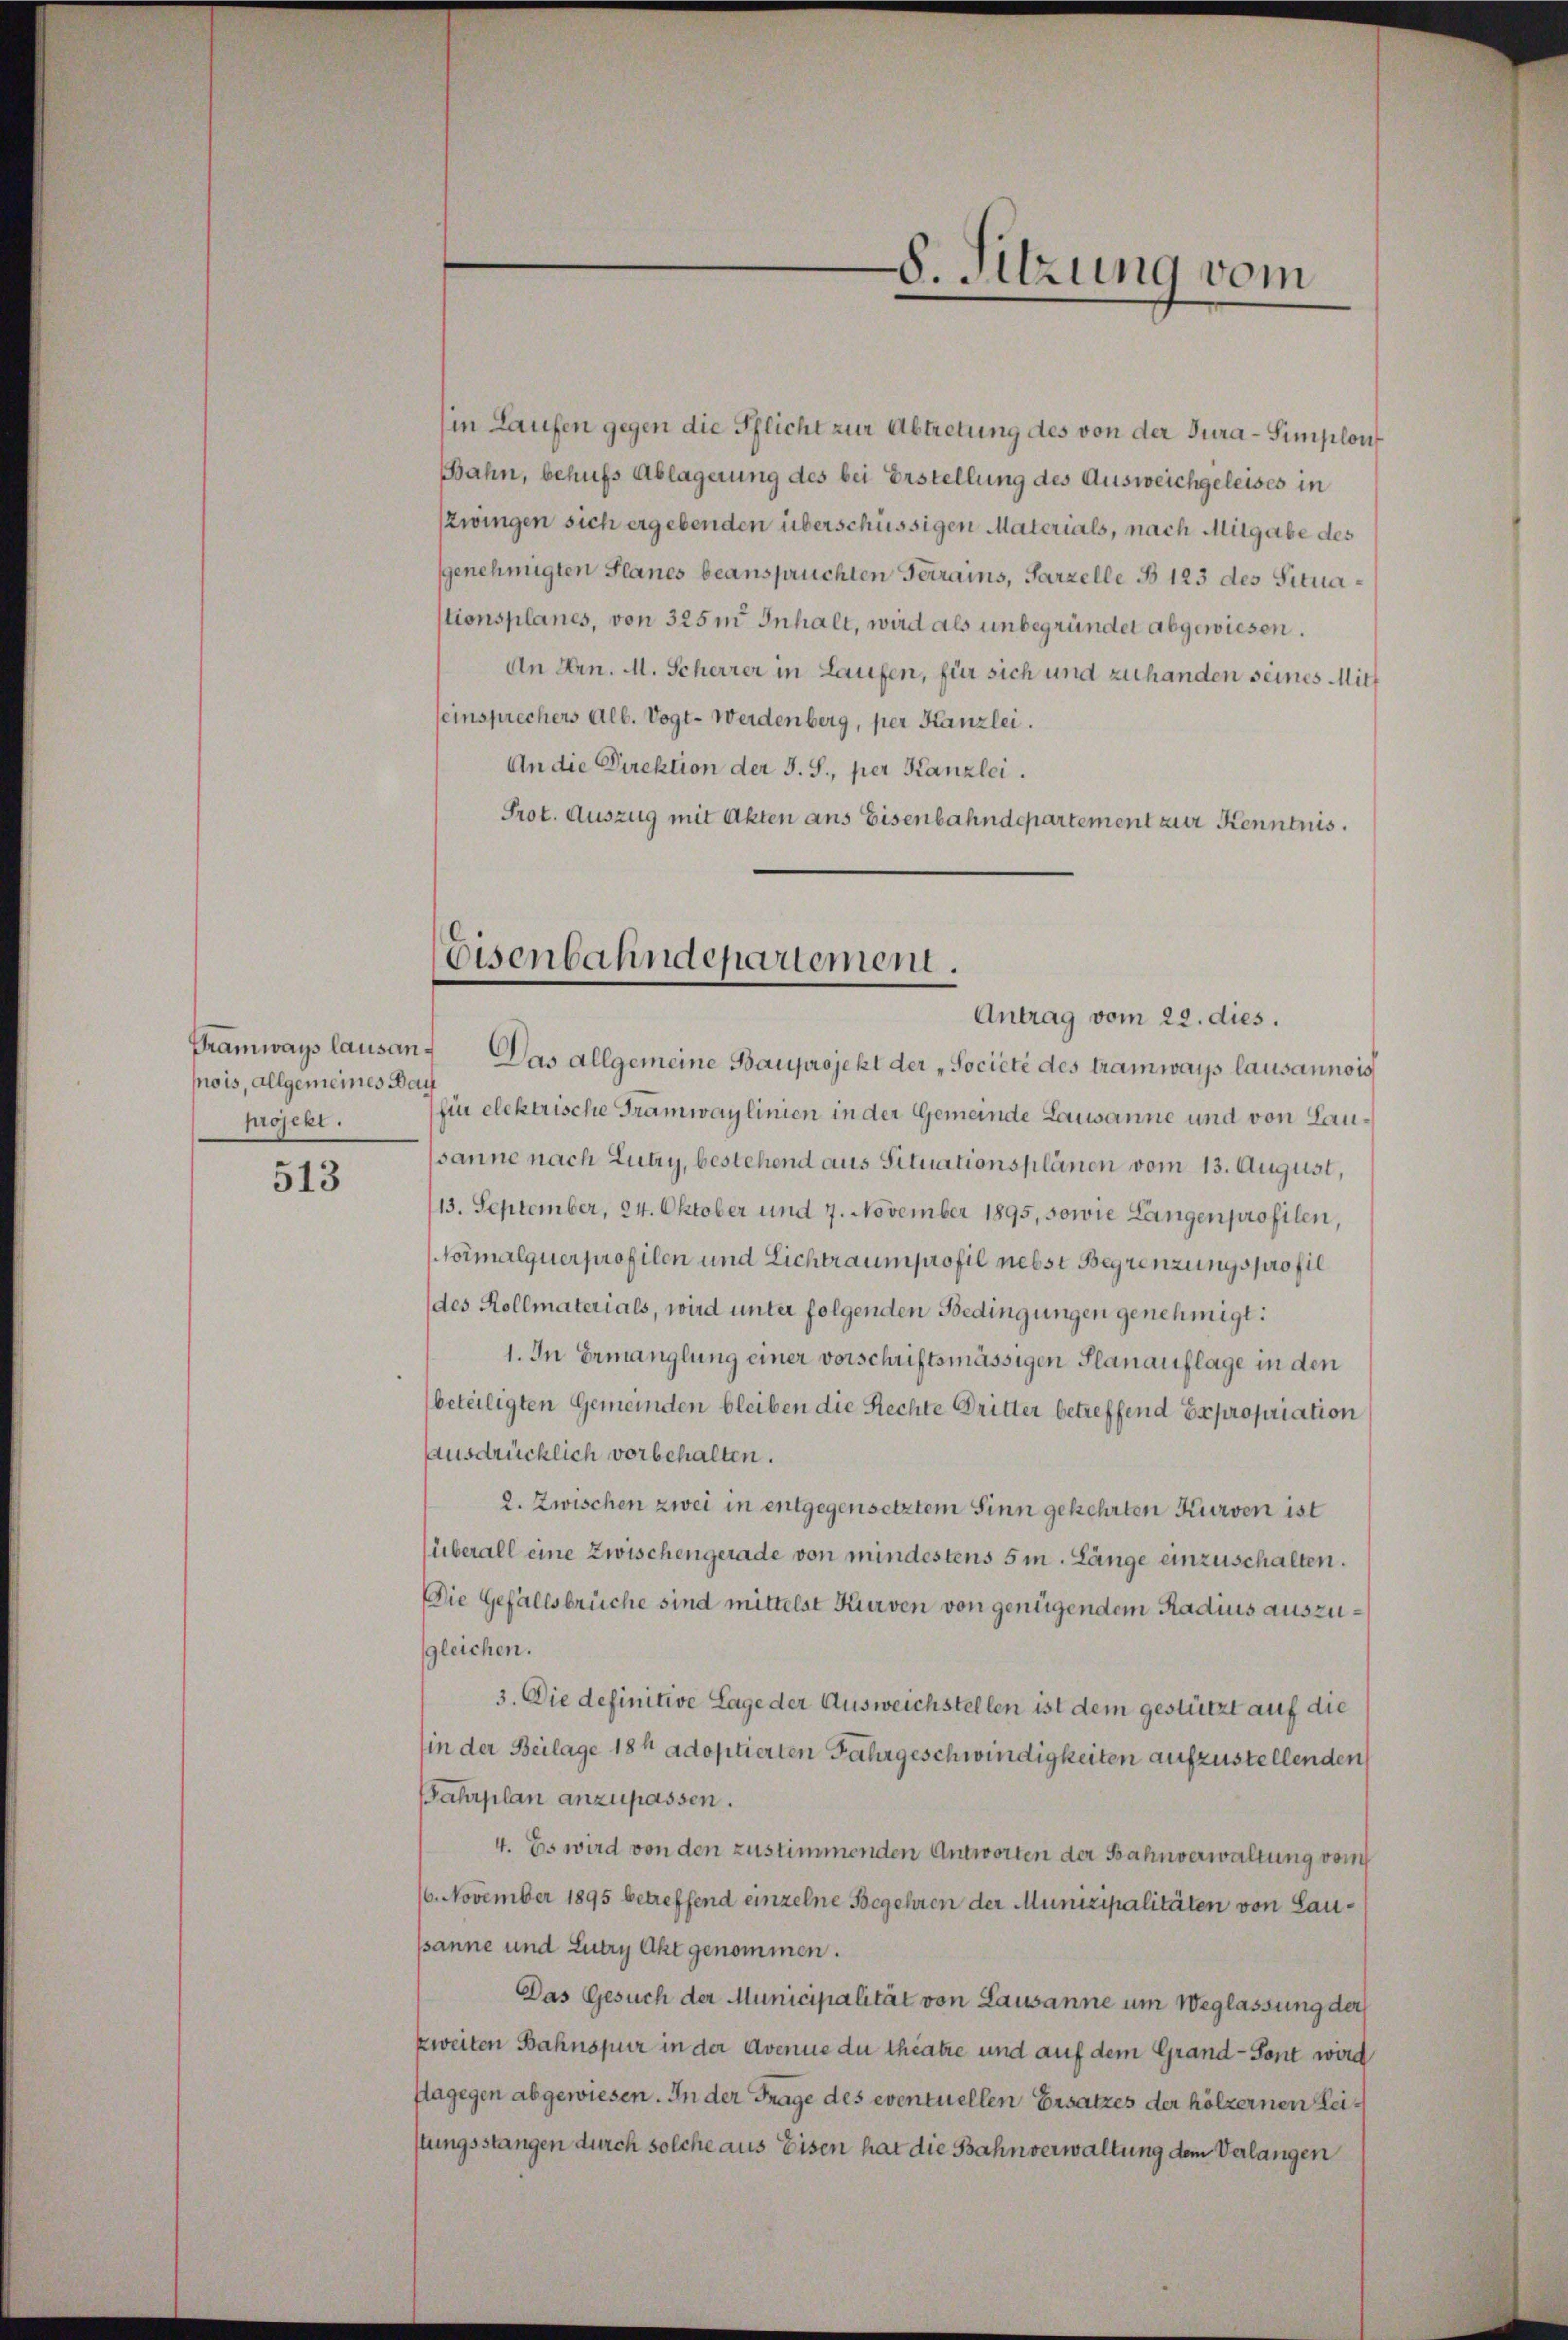
mois, allgemeines Bach
projekt.

513

Tramways lausan. Das allgemeine Bauprojekt der „Societé des Tramways lausannois
fin elektrische Tramwaylinien in der Gemeinde Lausanne und von Lausanne nach Lutry, bestehend aus Situationsplänen vom 13. August,
13. September, 24. Oktober und 7. November 1895, sowie Langenprofilen,
Vormalquerprofilen und Lichtraumprofil nebst Begrenzungsprofil
(des Kollmaterials, wird unter folgenden Bedingungen genehmigt:
1. In Ermanglung einer vorschriftsmässigen Planauflage in den
beteiligten Gemeinden bleiben die Rechte Dritter betreffend Expropriation
ausdrücklich vorbehalten.
2. Zwischen zwei in entgegensetztem Sinn gekehrten Kurven ist
(überall eine Zwischengerade von mindestens 5 m. Länge einzuschalten.
Die Gefällsbrüche sind mittelst Kurven von genügendem Radius auszugleichen.
3. Die definitive Lage der Ausweichstellen ist dem gestützt auf die
in der Beilage 184 adoptierten Fahrgeschwindigkeiten aufzustellenden
Fahrplan anzupassen.
4. Es wird von den zustimmenden Antworten der Bahnverwaltung vom
16. November 1895 betreffend einzelne Begehren der Munizipalitäten von Laupanne und Lutry Akt genommen.
Das Gesuch der Municipalität von Lausanne um Weglassung der
zweiten Bahnspur in der Avenue du theatre und auf dem Grand- Sont wird
flagegen abgewiesen. In der Frage des eventuellen Ersatzes der hölzernen Reistungsstangen durch solche aus Eisen hat die Bahnverwaltung dem Verlangen

(in Laufen gegen die Pflicht zur Abtretung des von der Jura-Simplon
Bahn, behufs Ablagerung des bei Erstellung des Ausweichgeleises in
zwingen sich ergebenden überschüssigen Materials, nach Mitgabe des
genehmigten Planes beansprüchten Terrains, Parzelle B 123 des Situastionsplanes, von 325m Inhalt, wird als unbegründet abgewiesen.
An Hrn. M. Scherrer in Laufen, für sich und zuhanden seines Mitt
seinsprechers Alb. Vogt-Werdenberg, per Kanzlei.
An die Direktion der J. S., per Kanzlei.
Prot. Auszug mit Akten ans Eisenbahndepartement zur Kenntnis.

8. Sitzung vom

Eisenbahndepartement.
Antrag vom 22. dies.